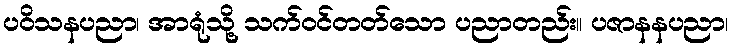
ပဝိသနပညာ၊ အာရုံသို့ သက်ဝင်တတ်သော ပညာတည်း။ ပဇာနနပညာ၊